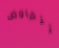
تتفاوض